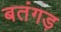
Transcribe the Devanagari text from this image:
बतंगड़